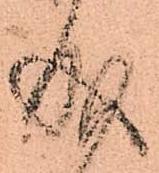
成